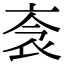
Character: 𧘭